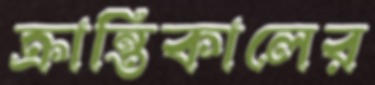
ক্রান্তিকালের